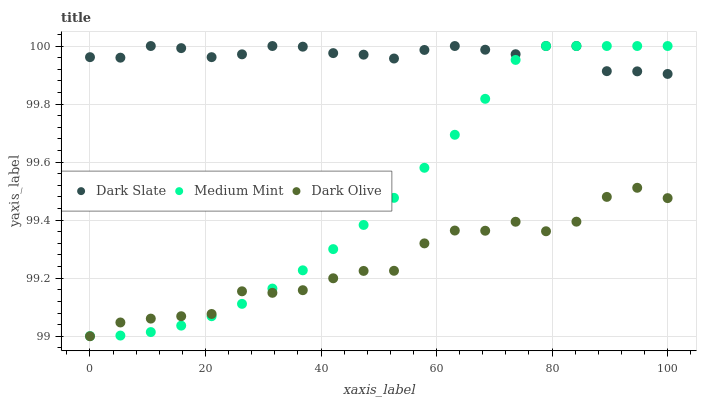
| xaxis_label | Dark Slate | Medium Mint | Dark Olive |
 | --- | --- | --- | --- |
 | 0 | 100 | 99 | 99 |
 | 5.26 | 100 | 99 | 99 |
 | 10.5 | 100 | 99 | 99.1 |
 | 15.8 | 100 | 99 | 99.1 |
 | 21.1 | 100 | 99.1 | 99.1 |
 | 26.3 | 100 | 99.1 | 99.2 |
 | 31.6 | 100 | 99.2 | 99.1 |
 | 36.8 | 100 | 99.2 | 99.2 |
 | 42.1 | 100 | 99.3 | 99.2 |
 | 47.4 | 100 | 99.4 | 99.2 |
 | 52.6 | 100 | 99.5 | 99.2 |
 | 57.9 | 100 | 99.6 | 99.3 |
 | 63.2 | 100 | 99.7 | 99.4 |
 | 68.4 | 100 | 99.8 | 99.4 |
 | 73.7 | 100 | 100 | 99.4 |
 | 78.9 | 100 | 100 | 99.4 |
 | 84.2 | 100 | 100 | 99.4 |
 | 89.5 | 99.9 | 100 | 99.5 |
 | 94.7 | 99.9 | 100 | 99.5 |
 | 100 | 99.9 | 100 | 99.5 |